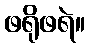
ဖရိုဖရဲ။